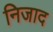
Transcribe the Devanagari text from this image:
निजाद